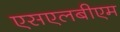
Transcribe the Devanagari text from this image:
एसएलबीएम